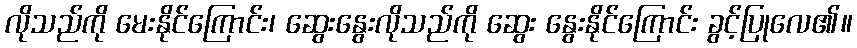
လိုသည်ကို မေးနိုင်ကြောင်း၊ ဆွေးနွေးလိုသည်ကို ဆွေး နွေးနိုင်ကြောင်း ခွင့်ပြုလေ၏။